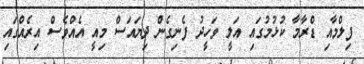
ފިލްމާއި ޑްރާމާ ކުޅުމުގައި އަލީ ވަހީދު ފެނިގެން ދިޔައަސް މިއީ އެއްވެސް އިރެއްގައި